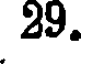
29.